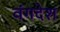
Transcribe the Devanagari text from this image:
वंगदेश